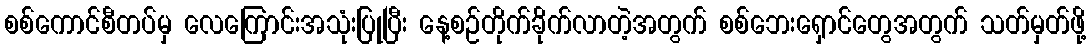
စစ်ကောင်စီတပ်မှ လေကြောင်းအသုံးပြုပြီး နေ့စဉ်တိုက်ခိုက်လာတဲ့အတွက် စစ်ဘေးရှောင်တွေအတွက် သတ်မှတ်ဖို့